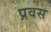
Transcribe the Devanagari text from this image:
प्रवस